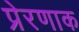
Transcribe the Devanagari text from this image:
प्रेरणाक